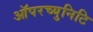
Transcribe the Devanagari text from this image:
ऑपरच्युनिटि